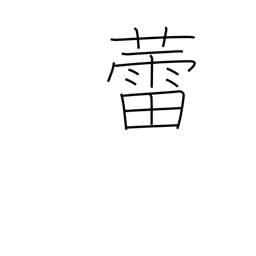
Meaning: bud (plants, mushrooms not yet opened)